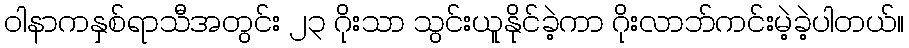
ဝါနာကနှစ်ရာသီအတွင်း ၂၃ ဂိုးသာ သွင်းယူနိုင်ခဲ့ကာ ဂိုးလာဘ်ကင်းမဲ့ခဲ့ပါတယ်။